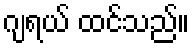
ဂျရယ် ထင်သည်။